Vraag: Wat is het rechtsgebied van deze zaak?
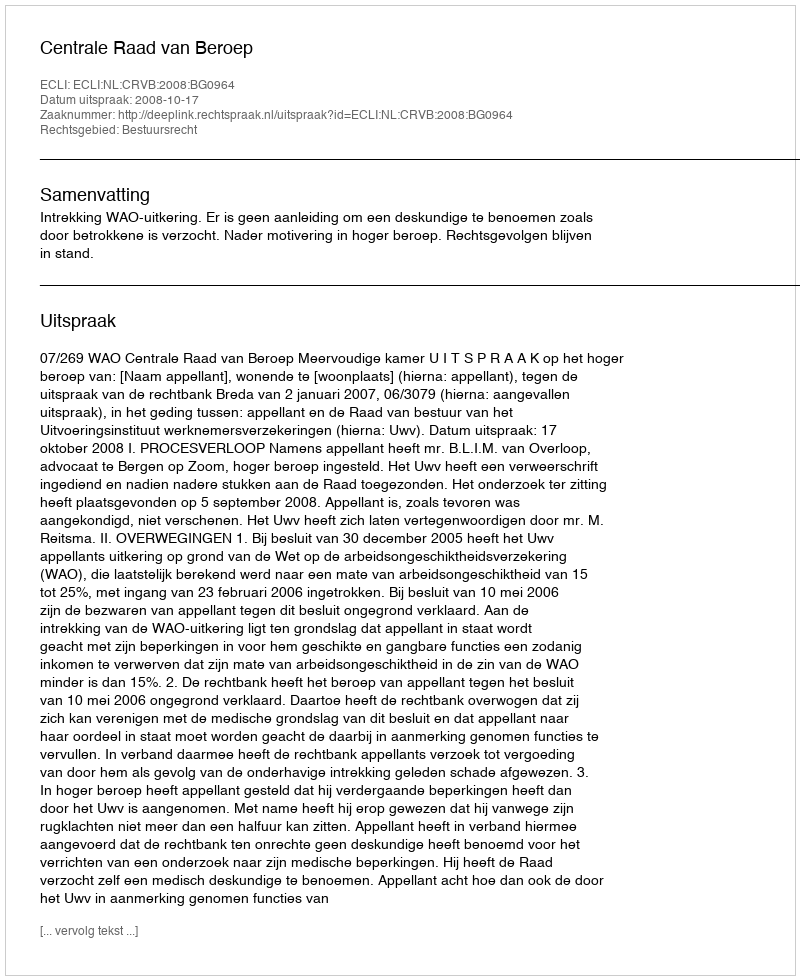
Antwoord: Bestuursrecht